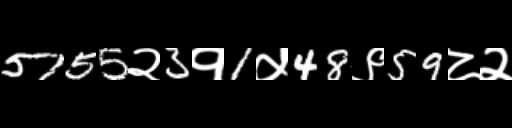
Text: 5755२3१1५48९59८२